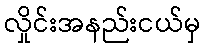
လှိုင်းအနည်းငယ်မှ